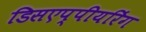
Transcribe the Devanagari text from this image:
डिसएप्पीयरिंग